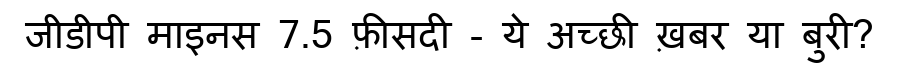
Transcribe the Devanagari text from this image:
जीडीपी माइनस 7.5 फ़ीसदी - ये अच्छी ख़बर या बुरी?